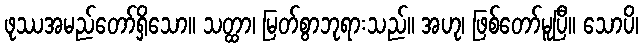
ဖုဿအမည်တော်ရှိသော။ သတ္ထာ၊ မြတ်စွာဘုရားသည်။ အဟု၊ ဖြစ်တော်မူပြီ။ သောပိ၊